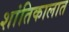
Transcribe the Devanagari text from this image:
शांतिकालात